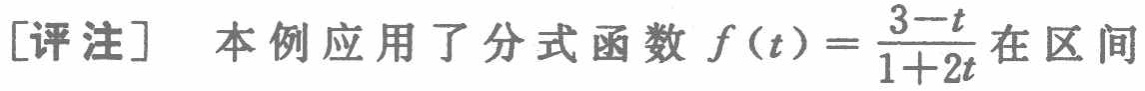
[评注] 本例应用了分式函数 \(f(t)=\frac{3 - t}{1 + 2t}\) 在区间